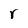
Character: r